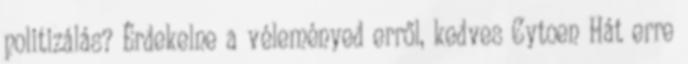
politizálás? Érdekelne a véleményed erről, kedves Cytoen Hát erre